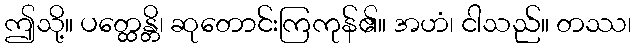
ဤသို့။ ပတ္ထေန္တိ၊ ဆုတောင်းကြကုန်၏။ အဟံ၊ ငါသည်။ တဿ၊